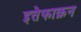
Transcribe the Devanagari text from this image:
इत्तेफाक़न